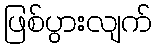
ဖြစ်ပွားလျက်